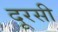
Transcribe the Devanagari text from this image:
दूरसी